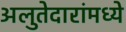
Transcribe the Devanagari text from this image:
अलुतेदारांमध्ये